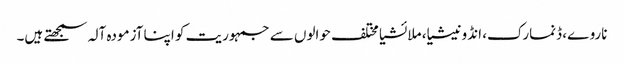
ناروے، ڈنمارک، انڈونیشیا، ملائشیا مختلف حوالوں سے جمہوریت کو اپنا آزمودہ آلہ سمجھتے ہیں۔